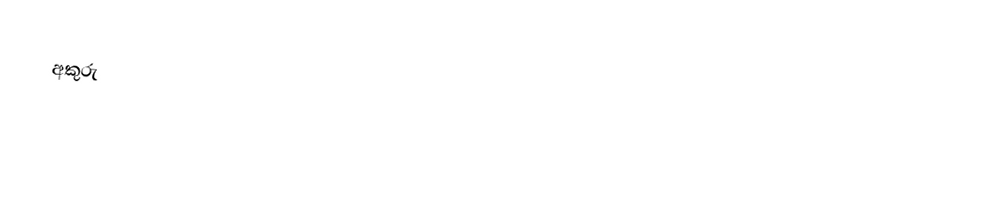
අකුරු